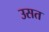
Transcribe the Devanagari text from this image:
उसत